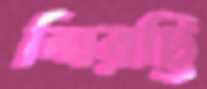
শিরট্টি